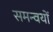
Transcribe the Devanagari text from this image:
समन्वयों